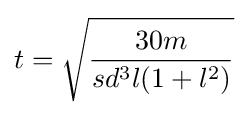
t={\sqrt {\frac {30m}{sd^{3}l(1+l^{2})}}}